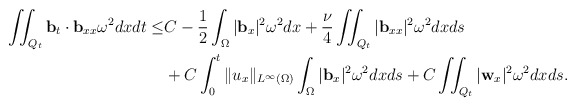
\begin{align*} \iint_{Q_t} \mathbf{b}_t\cdot \mathbf{b}_{xx}\omega^2 dxdt \leq & C-\frac{1}{2}\int_\Omega|\mathbf{b}_x|^2\omega^2dx+\frac{\nu}{4}\iint_{Q_t}|\mathbf{b}_{xx}|^2\omega^2dxds\\& +C\int_{0}^t\|u_x\|_{L^\infty(\Omega)}\int_\Omega|\mathbf{b}_{x}|^2\omega^2dxds +C\iint_{Q_t} |\mathbf{w}_{x}|^2\omega^2 dxds. \end{align*}